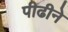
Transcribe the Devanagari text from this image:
पीढीने